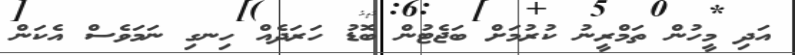
އަދި މީހުން ތަމްރީނު ކުރުމަށް ބަޖެޓުން ބޮޑު ހަރަދެއް ހިނގި ނަމަވެސް އެކަން